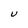
Character: U